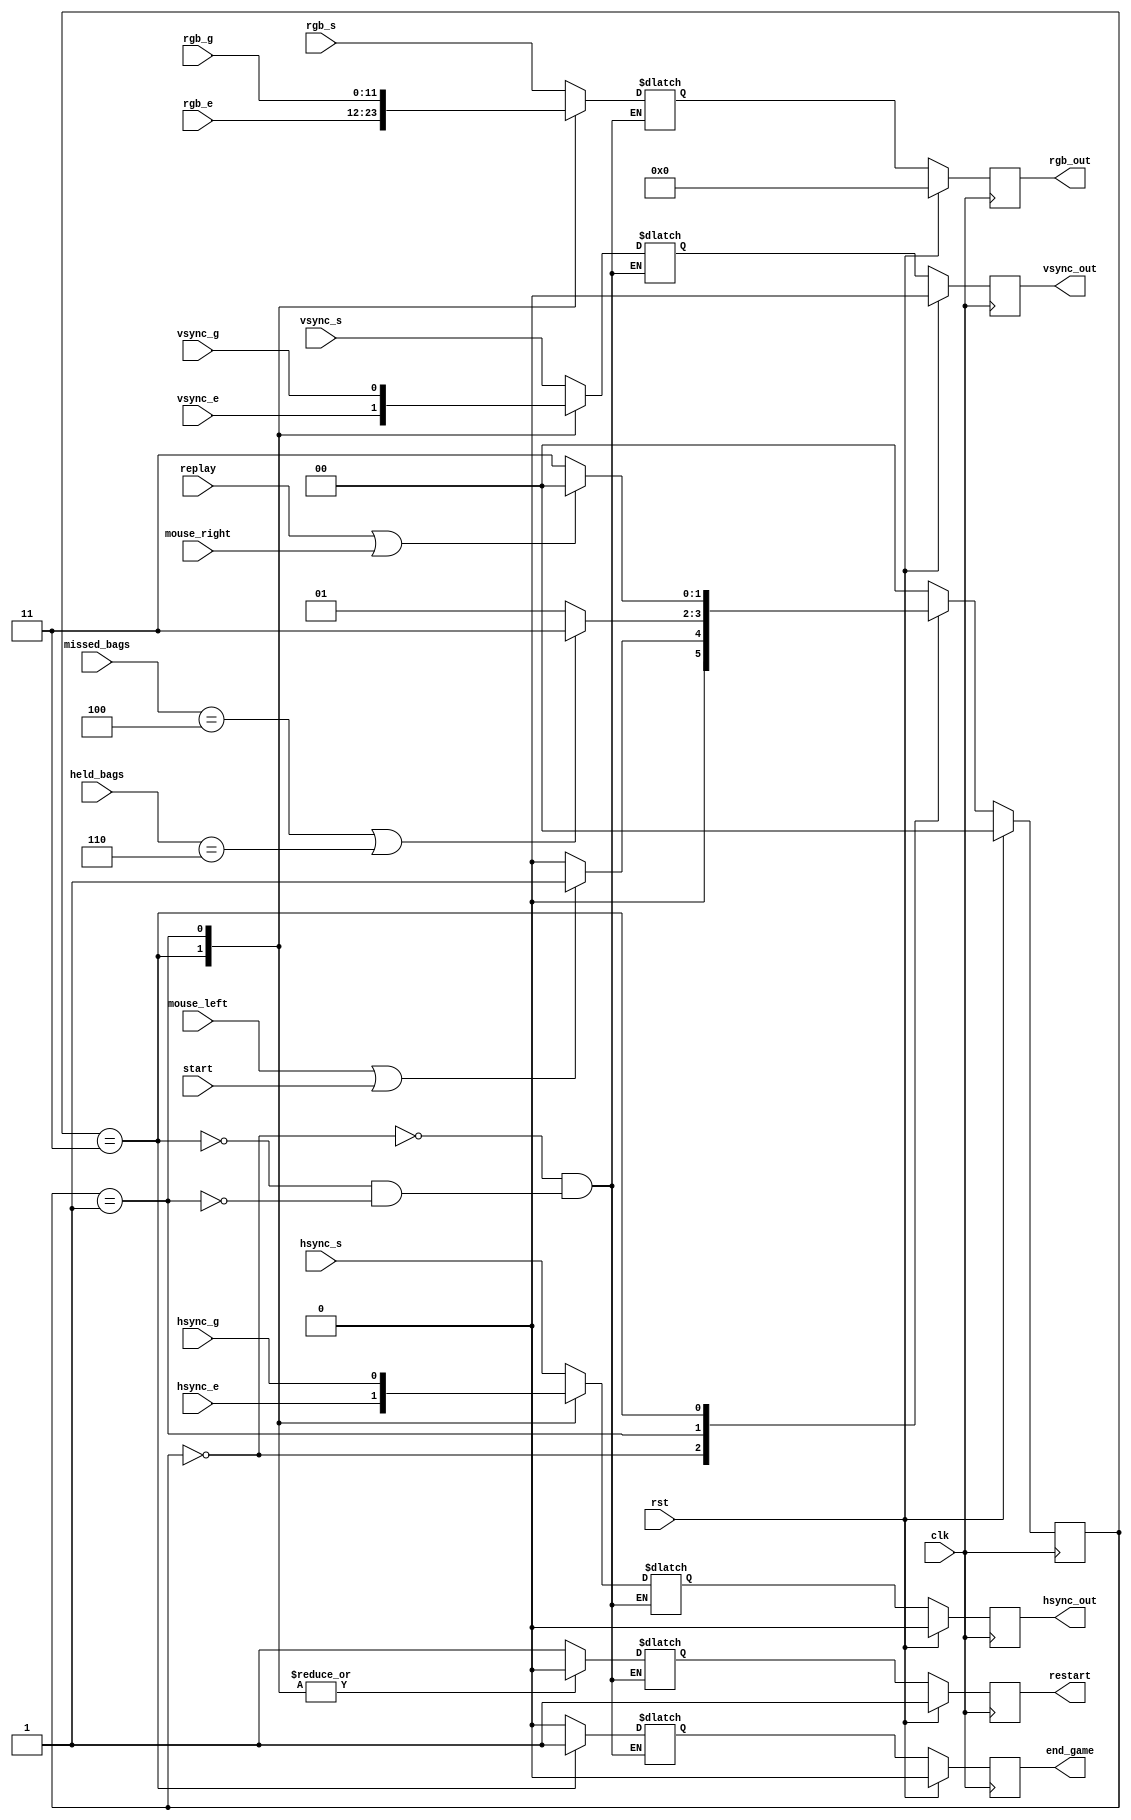
`timescale 1ns / 1ps
//////////////////////////////////////////////////////////////////////////////////
// Company: 
// Engineer: 
// 
// Design Name: 
// Module Name: menu_ctl
// Project Name: 
// Target Devices: 
// Tool Versions: 
// Description: 
// 
// Dependencies: 
// 
// Revision:
// Revision 0.01 - File Created
// Additional Comments:
// 
//////////////////////////////////////////////////////////////////////////////////


module menu_ctl(
    input wire clk,
    input wire rst,
    input wire start,
    input wire replay,
    input wire mouse_left,
    input wire mouse_right,
    input wire [7:0] missed_bags,
    input wire [3:0] held_bags,
    input wire hsync_s,
    input wire vsync_s,
    input wire [11:0] rgb_s,
    input wire hsync_g,
    input wire vsync_g,
    input wire [11:0] rgb_g,
    input wire hsync_e,
    input wire vsync_e,
    input wire [11:0] rgb_e,
        
    output reg restart,
    output reg end_game,
    output reg hsync_out,
    output reg vsync_out,
    output reg [11:0] rgb_out
    );
    
    
    localparam  STATE_BITS  = 2;
    localparam  
    STATE_START = 2'b00,
    STATE_GAME  = 2'b01,
    STATE_END   = 2'b11;
                
   reg hsync_out_nxt = 0, vsync_out_nxt = 0, restart_nxt = 0, end_game_nxt = 0;
   reg [11:0] rgb_out_nxt = 0;
   reg [STATE_BITS-1 : 0] state, state_nxt;
   
   
   
   always @(posedge clk) begin
        if(rst)begin
            state       <= STATE_START;
            hsync_out   <= 0;
            vsync_out   <= 0;
            rgb_out     <= 0;
            restart     <= 1;
            end_game    <= 0;
        end
        else begin
            state       <= state_nxt;
            hsync_out   <= hsync_out_nxt;
            vsync_out   <= vsync_out_nxt;
            rgb_out     <= rgb_out_nxt;
            restart     <= restart_nxt;
            end_game    <= end_game_nxt;
        end
   end
   
   
   always @* begin
        case(state)
            STATE_START :   state_nxt = mouse_left || start ? STATE_GAME : STATE_START;
            STATE_GAME :    state_nxt = (missed_bags == 4 || held_bags == 6) ? STATE_END : STATE_GAME;
            STATE_END :     state_nxt = replay || mouse_right ? STATE_START : STATE_END;
            default :       state_nxt = STATE_START;
        endcase
   end    
          
          
   always @* begin
        case(state)
            STATE_START:
                begin
                    hsync_out_nxt   = hsync_s;
                    vsync_out_nxt   = vsync_s;
                    rgb_out_nxt     = rgb_s;
                    restart_nxt     = 1;
                    end_game_nxt    = 0;
                end
            STATE_END:
                begin
                    hsync_out_nxt   = hsync_e;
                    vsync_out_nxt   = vsync_e;
                    rgb_out_nxt     = rgb_e;
                    restart_nxt     = 0;    
                    end_game_nxt    = 1;
                end
             STATE_GAME:
                begin
                    hsync_out_nxt   = hsync_g;
                    vsync_out_nxt   = vsync_g;
                    rgb_out_nxt     = rgb_g;
                    restart_nxt     = 0; 
                    end_game_nxt    = 0;
                end
        endcase
    end
      
endmodule